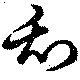
刮